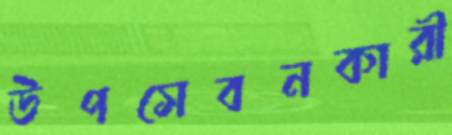
উপসেবনকারী